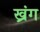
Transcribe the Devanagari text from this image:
ख्रंग